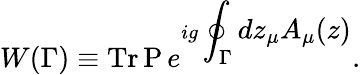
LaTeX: W(\Gamma)\equiv\mathrm{Tr\, P}\, e^{ig\displaystyle\oint_{\Gamma}dz_{\mu}A_{\mu}(z)}.